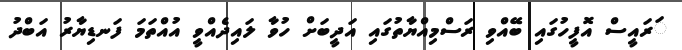
ަރައީސް އޮފީހުގައި ބޭއްވި ރަސްމިއްޔާތުގައި އަދީބަށް ހުވާ ލައިދެއްވީ އުއްތަމަ ފަނޑިޔާރު އަބްދު